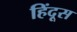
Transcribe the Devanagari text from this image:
हिंदूस